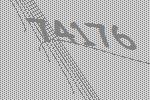
74176